Civil Veterinary Dept. Bombay admin report 1893-99 - 1893-1899
Year: 1893
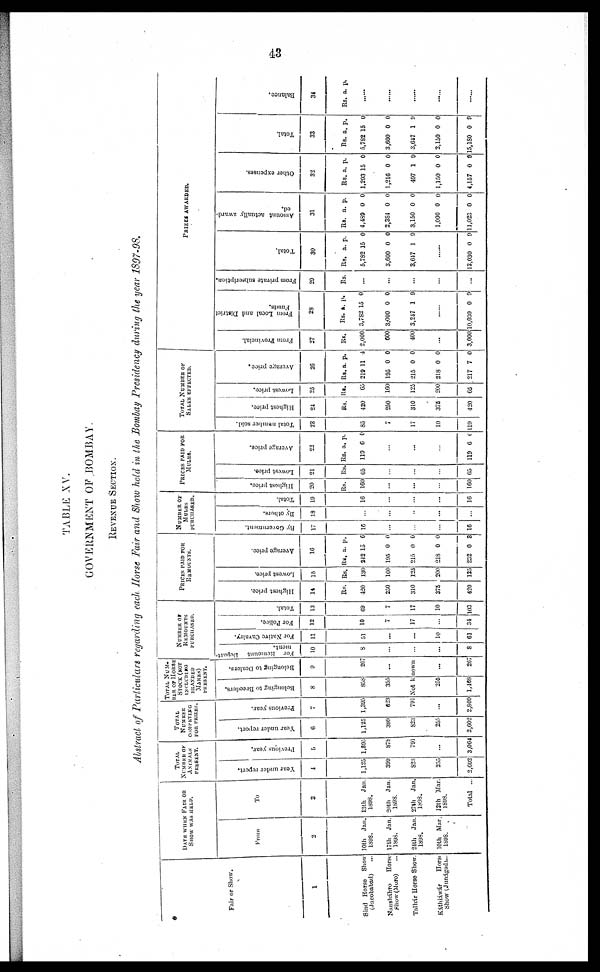
43
TABLE XV.
GOVERNMENT OF BOMBAY.
REVENUE SECTION.
Abstract of Particulars regarding each Horse Fair and Show held in the Bombay Presidency during the year 1897-98.
Fair or Show.
1
Sind Horse
Show
(Jacobabad) …
Nansháhro
Horse
Show (Moro) …
Talhár Horse Show.
Káthiáwár
Horse
Show (Junágad) …
DATE WHEN FAIR OR
SHOW WAS HELD.
From
2
10th
Jan.
1898.
17th
Jan.
1893.
24th
Jan.
1898.
10th Mar
1898
To
3
13th
Jan.
1898.
20th
Jan.
1898.
27th
Jan
1898.
12th Mar
1898.
Total ...
TOTAL
NUMBER OF
ANIMALS
PRESENT.
Year under report.
4
1,125
399
823
255
2,002
Previous year.
5
1,305
878
791
…
3,064
TOTAL
NUMBER
COMPETING
FOR PRIZES
Year under report.
6
1,125
399
823
255
2,002
Previous year.
7
1,395
823
791
…
2,809
TOTAL NUM-
BER OF HOUSE
STOCK
(NOT
INCUDING
BRANDED
MARES)
PRESENT.
Belonging to Breeders.
8
858
355
Belonging to Dealers.
9
267
…
Not known
255
1,468
…
267
NUMBER OF
REMOUNTS
PURCHASED.
For Remount
Depart-
ment.
10
8
…
…
…
8
For Native Cavalry.
11
51
…
...
10
61
For Police.
12
10
7
17
31
Total.
13
69
7
17
10
103
PRICES PAID FOR
REMOUNTS.
Highest price.
11
Rs.
420
250
310
375
420
Lowest price.
15
Rs.
130
160
125
200
125
Average price.
10
Rs.
242
195
215
218
232
a.
15
0
0
0
0
p.
6
0
0
0
3
NUMBER OF
MULES
PURCHASED
By Government.
17
16
…
…
…
16
By others.
18
…
…
…
…
…
Total.
19
18
…
…
…
16
PRICE PAID FOR
MULES.
Highest price.
20
Rs.
100
…
…
…
160
Lowest price.
21
Rs.
65
…
…
…
65
Average price.
22
Rs.
119
a.
6 0
p.
…
…
…
119 6 0
TOTAL NUMBEER OF
SALES EFFECTED.
Total number sold.
23
80
7
17
10
119
Highest price.
24
Rs.
420
250
310
375
420
Lowest price.
25
Rs.
65
160
125
200
65
Ave r
a ge price.
26
Rs.
219
195
215
218
217
a.
11
0
0
0
7
p.
4
0
0
0
0
PRIZES AWARDED.
From Provincial.
27
Rs.
2,000
600
400
…
3,000
Fr om Local and Di st r i
ct
Funds .
28
Rs.
3,782
3,000
3,247
a.
15
0
1
p.
0
0
9
…
10,030 0 9
From private subscription.
29
Rs.
…
...
…
…
...
Total.
30
Rs.
5,782
3,600
3,647
…
13,030
a.
15
0
1
0
p.
0
0
9
9
Amo u n t actually award-
-d.
31
Rs.
4,489
2,384
3,150
1,000
11,023
a.
0
0
0
0
0
p.
0
0
0
0
0
Other expenses.
32
Rs.
1,293
1,216
497
1,150
4,157
a.
15
0
1
0
0
p.
0
0
9
0
9
Total.
33
Rs.
5,782
3,600
3,647
2,150
15, 180
a.
15
0
1
0
0
p.
0
0
9
0
9
Balance.
34
Rs. a. p.
...
...
...
...
...